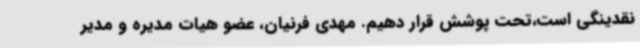
نقدینگی است،تحت پوشش قرار دهیم. مهدی فرنیان، عضو هیات مدیره و مدیر